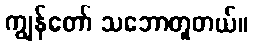
ကျွန်တော် သဘောတူတယ်။